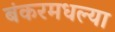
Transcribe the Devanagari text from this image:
बंकरमधल्या